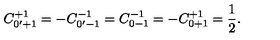
C _ { 0 ^ { \prime } + 1 } ^ { + 1 } = - C _ { 0 ^ { \prime } - 1 } ^ { - 1 } = C _ { 0 - 1 } ^ { - 1 } = - C _ { 0 + 1 } ^ { + 1 } = \frac { 1 } { 2 } .